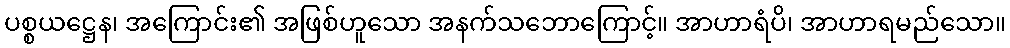
ပစ္စယဋ္ဌေန၊ အကြောင်း၏ အဖြစ်ဟူသော အနက်သဘောကြောင့်။ အာဟာရံပိ၊ အာဟာရမည်သော။